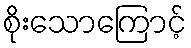
စိုးသောကြောင့်